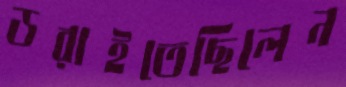
ডরাইতেছিলেন